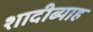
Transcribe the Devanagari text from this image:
शादीब्याह